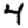
Digit: 4